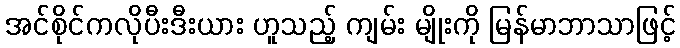
အင်စိုင်ကလိုပီးဒီးယား ဟူသည့် ကျမ်း မျိုးကို မြန်မာဘာသာဖြင့်